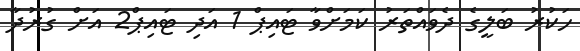
ހަކުރު ބަލީގެ ދެވައްތަރު ކަމަށްވާ ޓައިޕް 1 އަދި ޓައިޕް2 އަށް ގުރުދާ